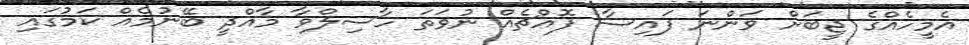
އެމީހެއްގެ ޖީބަށް ވަންނަ ފައިސާ ފޮއްޗެއް ނުވަތަ ހާސިލްވާ މާއްދީ ބޭނުމެއް ކަމުގައި